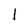
Character: 1